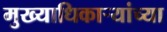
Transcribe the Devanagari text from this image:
मुख्याधिकाऱ्यांच्या